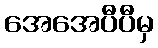
အေအေပီပီမှ